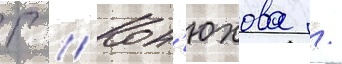
Г // Кон'юхова /